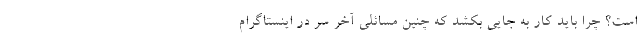
است؟ چرا باید کار به جایی بکشد که چنین مسائلی آخر سر در اینستاگرام